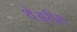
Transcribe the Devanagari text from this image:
थेअरीस